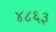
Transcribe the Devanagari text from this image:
४८६३